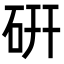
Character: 硏